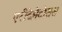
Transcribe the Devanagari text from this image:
एरीदेमेटोसस